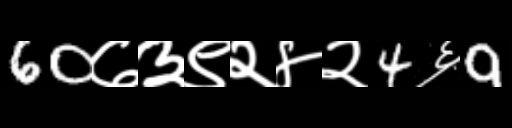
Text: 60७३९२४२4६9